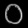
Digit: ၀